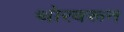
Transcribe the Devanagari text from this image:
थोरवरून